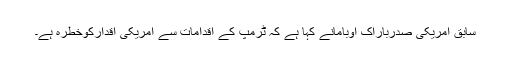
سابق امریکی صدرباراک اوبامانے کہا ہے کہ ٹرمپ کے اقدامات سے امریکی اقدارکوخطرہ ہے۔